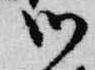
御